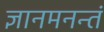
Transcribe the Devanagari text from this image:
ज्ञानमनन्तं